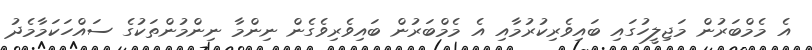
އެ މެމްބަރުން މަޖިލީހުގައި ބައިވެރިކުރުމާއި އެ މެމްބަރުން ބައިވެރިވެގެން ނިންމާ ނިންމުންތަކުގެ ސައްހަކަމާމެދު